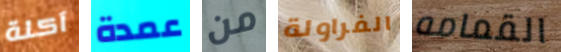
آكلة عمدة من الفراولة القمامه